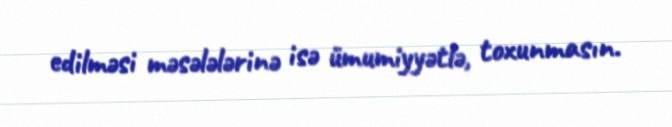
edilməsi məsələlərinə isə ümumiyyətlə, toxunmasın.